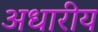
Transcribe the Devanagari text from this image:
अधारीय